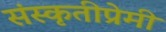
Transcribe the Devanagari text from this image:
संस्कृतीप्रेमी